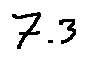
7 . 3